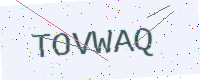
Text: TOVWAQ